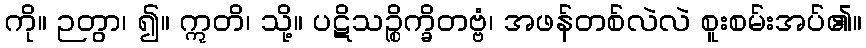
ကို။ ဉတွာ၊ ၍။ ဣတိ၊ သို့။ ပဋိသဉ္စိက္ခိတဗ္ဗံ၊ အဖန်တစ်လဲလဲ စူးစမ်းအပ်၏။